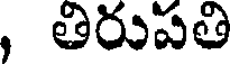
, తిరుపతి